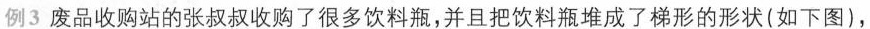
例3 废品收购站的张叔叔收购了很多饮料瓶，并且把饮料瓶堆成了梯形的形状(如下图)，